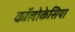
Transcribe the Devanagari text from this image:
कॉलोकेसिया